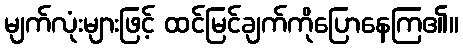
မျက်လုံးများဖြင့် ထင်မြင်ချက်ကိုပြောနေကြ၏။